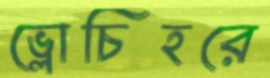
ভ্লোচিহরে